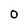
Character: 0